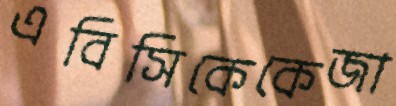
এবিসিকেকেজা